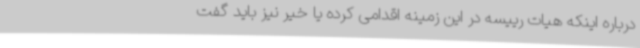
درباره اینکه هیات رییسه در این زمینه اقدامی کرده یا خیر نیز باید گفت